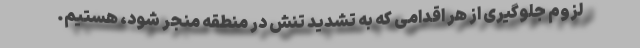
لزوم جلوگیری از هر اقدامی که به تشدید تنش در منطقه منجر شود، هستیم.